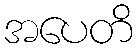
အပေတိ